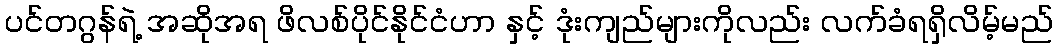
ပင်တဂွန်ရဲ့ အဆိုအရ ဖိလစ်ပိုင်နိုင်ငံဟာ နှင့် ဒုံးကျည်များကိုလည်း လက်ခံရရှိလိမ့်မည်